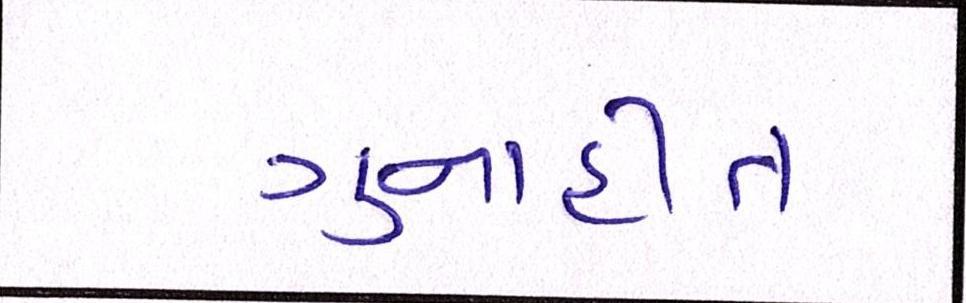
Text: ગુનાહીત